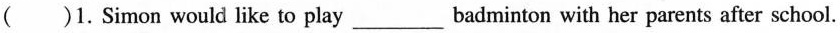
()1.Simon would like to play ___ badminton with her parents after school.